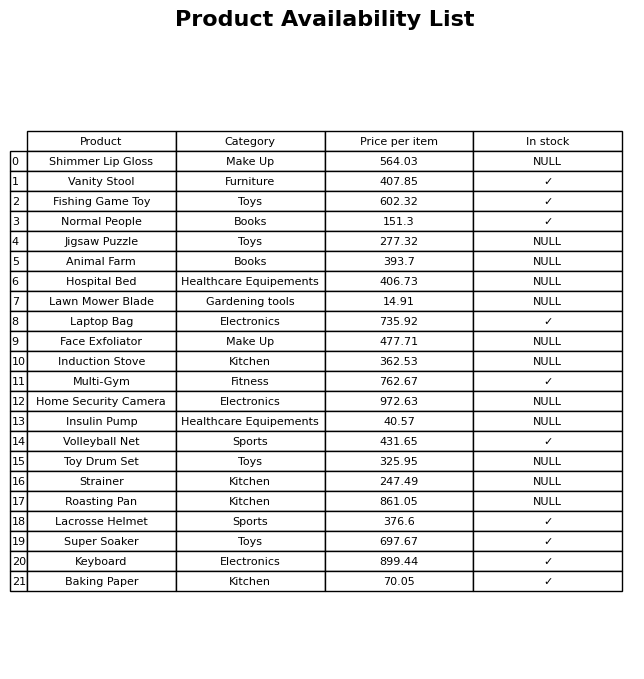
question: What is the price of the Volleyball Net?
answer: The price of Volleyball Net is 431.65.